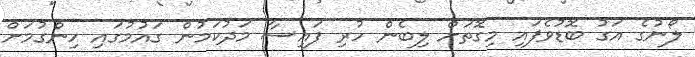
ލޯނުގެ އަގު ބޮޑުވެފައި މިގޮތަށް ލިބެން ހުރި ފައިސާ މަދުކަމުން ގައުމުގައި ހިންގުމަށް